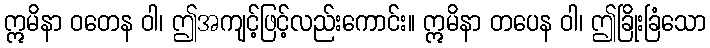
ဣမိနာ ဝတေန ဝါ၊ ဤအကျင့်ဖြင့်လည်းကောင်း။ ဣမိနာ တပေန ဝါ၊ ဤခြိုးခြံသော